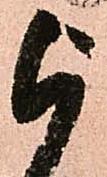
被